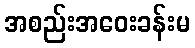
အစည်းအဝေးခန်းမ